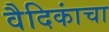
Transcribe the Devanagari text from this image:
वैदिकांचा